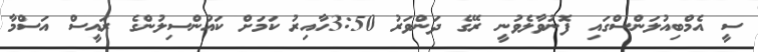
ސީ އެމްބިއުލަންސްގައި ފޮނުވާލެވުނީ ރޭގެ ދަންވަރު 3:50ހާއިރު ކަމަށް ކައުންސިލުންގެ ރައީސް އަސްމާ